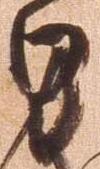
里